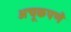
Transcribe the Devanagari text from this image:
अचूकपणॆ